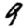
Digit: 9